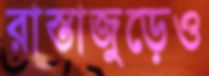
রাস্তাজুড়েও